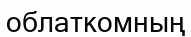
облаткомның